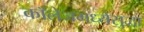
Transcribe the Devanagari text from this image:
कॉलेजमध्येसुद्धा